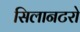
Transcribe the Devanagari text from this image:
सिलानटरो